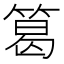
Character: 䈓